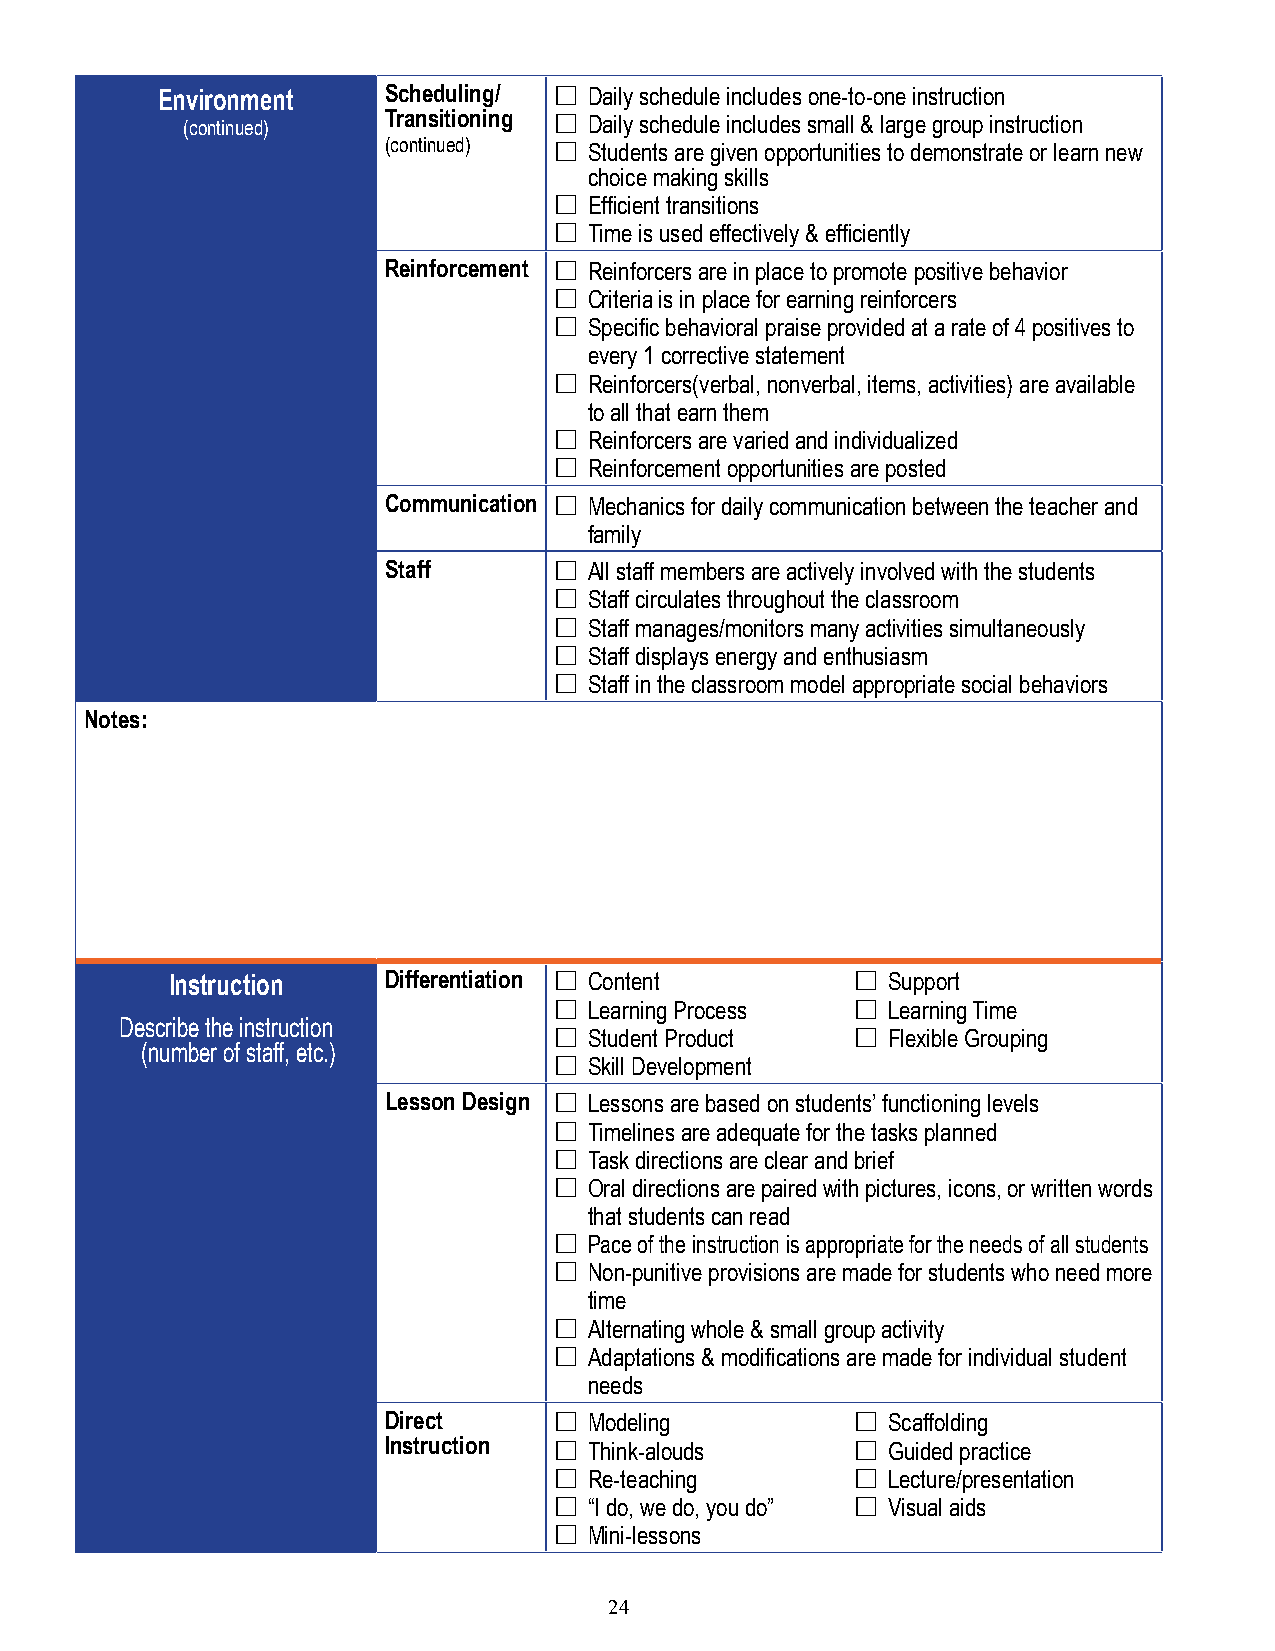
Environment    Scheduling/ £ Daily schedule includes one-to-one instruction
 (continued)  Transitioning £ Daily schedule includes small & large group instruction
 (continued) £ Students are given opportunities to demonstrate or learn new
 choice making skills
 £ Efficient transitions
 £ Time is used effectively & efficiently
 Reinforcement £ Reinforcers are in place to promote positive behavior
 £ Criteria is in place for earning reinforcers
 £ Specific behavioral praise provided at a rate of 4 positives to
 every 1 corrective statement
 £ Reinforcers(verbal, nonverbal, items, activities) are available
 to all that earn them
 £ Reinforcers are varied and individualized
 £ Reinforcement opportunities are posted
 Communication £ Mechanics for daily communication between the teacher and
 family
 Staff       £ All staff members are actively involved with the students
 £ Staff circulates throughout the classroom
 £ Staff manages/monitors many activities simultaneously
 £ Staff displays energy and enthusiasm
 £ Staff in the classroom model appropriate social behaviors
 Notes:
 Instruction   Differentiation £ Content       £ Support
 £ Learning Process  £ Learning Time
 Describe the instruction
 £ Student Product   £ Flexible Grouping
 (number of staff, etc.)
 £ Skill Development
 Lesson Design £ Lessons are based on students’ functioning levels
 £ Timelines are adequate for the tasks planned
 £ Task directions are clear and brief
 £ Oral directions are paired with pictures, icons, or written words
 that students can read
 £ Pace of the instruction is appropriate for the needs of all students
 £ Non-punitive provisions are made for students who need more
 time
 £ Alternating whole & small group activity
 £ Adaptations & modifications are made for individual student
 needs
 Direct      £ Modeling          £ Scaffolding
 Instruction £ Think-alouds      £ Guided practice
 £ Re-teaching       £ Lecture/presentation
 £ “I do, we do, you do” £ Visual aids
 £ Mini-lessons
 24